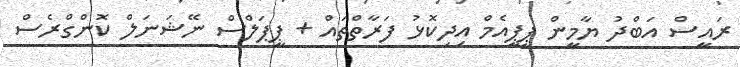
ރައީސް އަބްދު ޔާމީން ޕީޕީއެމް އިދިކޮޅު ފަރާތްތައް + ޕީޕަލްސް ނޭޝަނަލް ކޮންގްރެސް